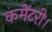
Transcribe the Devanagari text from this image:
कमेंटरी।